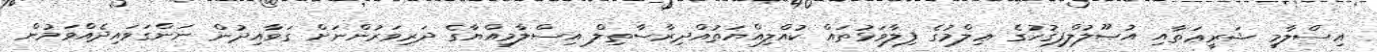
އިސްލާމީ ޝަރީޢަތާއި އުޞޫލުލްފިޤުހުގެ ޢިލްމުގެ ފިލާވަޅުތައް ކުއްލިއްޔަތުއްދިރާސާތިލް އިސްލާމިއްޔާގެ ދަރިވަރުންނަށް ގަވާއިދުން ނަންގަވައިދެއްވަމުން